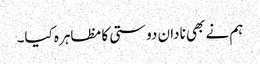
ہم نے بھی نادان دوستی کا مظاہرہ کیا۔